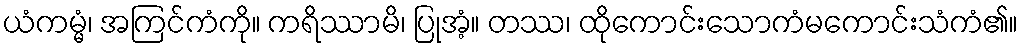
ယံကမ္မံ၊ အကြင်ကံကို။ ကရိဿာမိ၊ ပြုအံ့။ တဿ၊ ထိုကောင်းသောကံမကောင်းသံကံ၏။